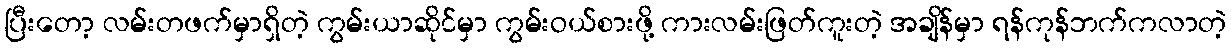
ပြီးတော့ လမ်းတဖက်မှာရှိတဲ့ ကွမ်းယာဆိုင်မှာ ကွမ်းဝယ်စားဖို့ ကားလမ်းဖြတ်ကူးတဲ့ အချိန်မှာ ရန်ကုန်ဘက်ကလာတဲ့